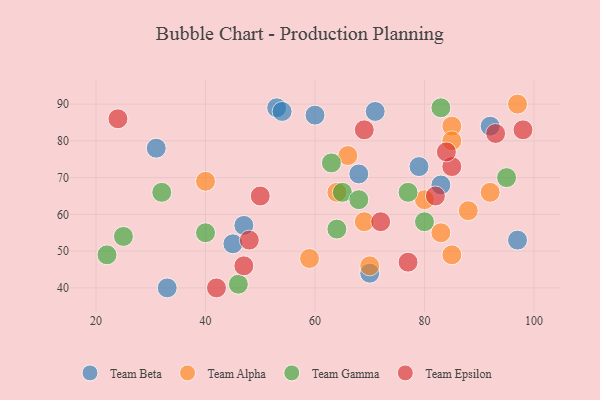
{"axis": {"x": "GDP", "y": "Life Expectancy"}, "legend": ["Team Alpha", "Team Beta", "Team Epsilon", "Team Gamma"], "data": [{"x": "70", "y": 44, "type": "Team Beta"}, {"x": "83", "y": 68, "type": "Team Beta"}, {"x": "47", "y": 57, "type": "Team Beta"}, {"x": "53", "y": 89, "type": "Team Beta"}, {"x": "68", "y": 71, "type": "Team Beta"}, {"x": "60", "y": 87, "type": "Team Beta"}, {"x": "97", "y": 53, "type": "Team Beta"}, {"x": "54", "y": 88, "type": "Team Beta"}, {"x": "45", "y": 52, "type": "Team Beta"}, {"x": "33", "y": 40, "type": "Team Beta"}, {"x": "31", "y": 78, "type": "Team Beta"}, {"x": "79", "y": 73, "type": "Team Beta"}, {"x": "92", "y": 84, "type": "Team Beta"}, {"x": "71", "y": 88, "type": "Team Beta"}, {"x": "85", "y": 84, "type": "Team Alpha"}, {"x": "66", "y": 76, "type": "Team Alpha"}, {"x": "80", "y": 64, "type": "Team Alpha"}, {"x": "88", "y": 61, "type": "Team Alpha"}, {"x": "69", "y": 58, "type": "Team Alpha"}, {"x": "92", "y": 66, "type": "Team Alpha"}, {"x": "40", "y": 69, "type": "Team Alpha"}, {"x": "59", "y": 48, "type": "Team Alpha"}, {"x": "70", "y": 46, "type": "Team Alpha"}, {"x": "64", "y": 66, "type": "Team Alpha"}, {"x": "85", "y": 80, "type": "Team Alpha"}, {"x": "83", "y": 55, "type": "Team Alpha"}, {"x": "97", "y": 90, "type": "Team Alpha"}, {"x": "85", "y": 49, "type": "Team Alpha"}, {"x": "77", "y": 66, "type": "Team Gamma"}, {"x": "22", "y": 49, "type": "Team Gamma"}, {"x": "63", "y": 74, "type": "Team Gamma"}, {"x": "46", "y": 41, "type": "Team Gamma"}, {"x": "83", "y": 89, "type": "Team Gamma"}, {"x": "40", "y": 55, "type": "Team Gamma"}, {"x": "80", "y": 58, "type": "Team Gamma"}, {"x": "65", "y": 66, "type": "Team Gamma"}, {"x": "68", "y": 64, "type": "Team Gamma"}, {"x": "95", "y": 70, "type": "Team Gamma"}, {"x": "64", "y": 56, "type": "Team Gamma"}, {"x": "25", "y": 54, "type": "Team Gamma"}, {"x": "32", "y": 66, "type": "Team Gamma"}, {"x": "85", "y": 73, "type": "Team Epsilon"}, {"x": "47", "y": 46, "type": "Team Epsilon"}, {"x": "24", "y": 86, "type": "Team Epsilon"}, {"x": "98", "y": 83, "type": "Team Epsilon"}, {"x": "48", "y": 53, "type": "Team Epsilon"}, {"x": "93", "y": 82, "type": "Team Epsilon"}, {"x": "82", "y": 65, "type": "Team Epsilon"}, {"x": "42", "y": 40, "type": "Team Epsilon"}, {"x": "84", "y": 77, "type": "Team Epsilon"}, {"x": "50", "y": 65, "type": "Team Epsilon"}, {"x": "72", "y": 58, "type": "Team Epsilon"}, {"x": "77", "y": 47, "type": "Team Epsilon"}, {"x": "69", "y": 83, "type": "Team Epsilon"}]}